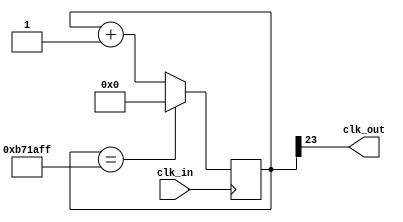
module divM_1(input wire clk_in, output wire clk_out);
parameter M = 12_000_000;
localparam N = $clog2(M);
reg [N-1:0] divcounter = 0;
always @(posedge clk_in)
  if (divcounter == M - 1) 
    divcounter <= 0;
  else 
    divcounter <= divcounter + 1;
assign clk_out = divcounter[N-1];
endmodule